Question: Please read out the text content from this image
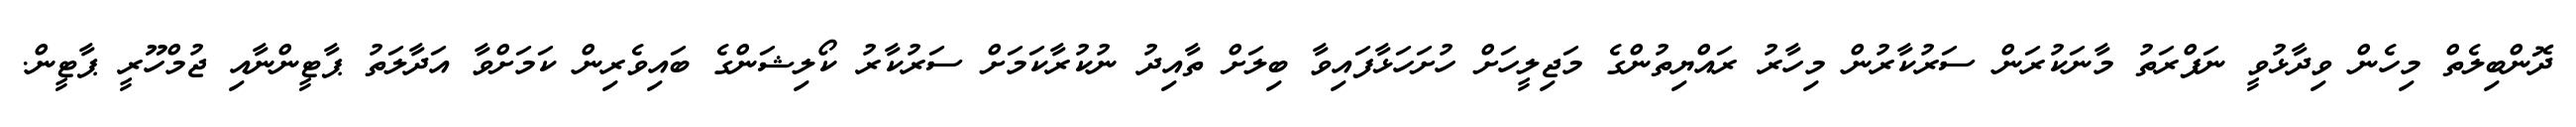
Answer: ދޮންބިލެތް މިހެން ވިދާޅުވީ ނަފްރަތު މާނަކުރަން ސަރުކާރުން މިހާރު ރައްޔިތުންގެ މަޖިލީހަށް ހުށަހަޅާފައިވާ ބިލަށް ތާއިދު ނުކުރާކަމަށް ސަރުކާރު ކޯލިޝަންގެ ބައިވެރިން ކަމަށްވާ އަދާލަތު ޕާޓީންނާއި ޖުމްހޫރީ ޕާޓީން.